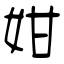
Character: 姏